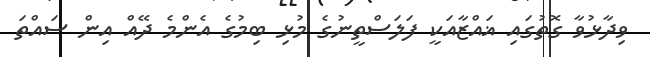
ވިދާޅުވާ ގޮތުގައި ޣައްޒާއަކީ ފަލަސްތީނުގެ މުޅި ބިމުގެ އެންމެ ދޭއް އިން ސައްތަ